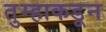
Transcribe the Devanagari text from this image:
तुम्हाकडून